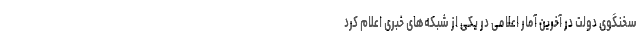
سخنگوی دولت در آخرین آمار اعلامی در یکی از شبکه‌های خبری اعلام کرد